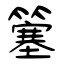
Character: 簺